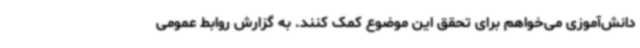
دانش‌آموزی می‌خواهم برای تحقق این موضوع کمک کنند. به گزارش روابط عمومی